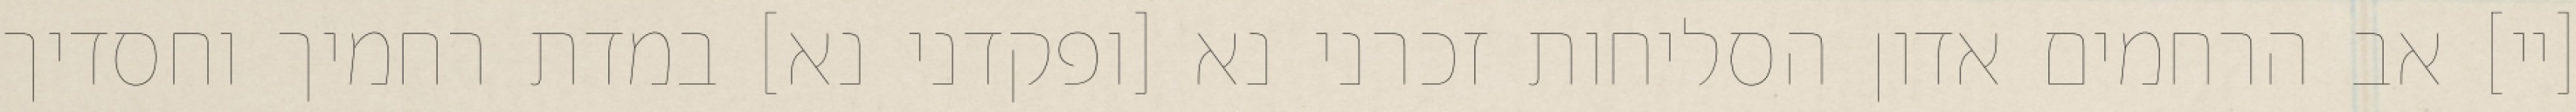
[יי] אב הרחמים אדון הסליחות זכרני נא [ופקדני נא] במדת רחמיך וחסדיך